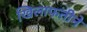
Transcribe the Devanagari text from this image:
खिलाफतीने